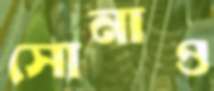
সোনাও